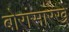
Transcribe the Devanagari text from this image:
बोरांसारखे